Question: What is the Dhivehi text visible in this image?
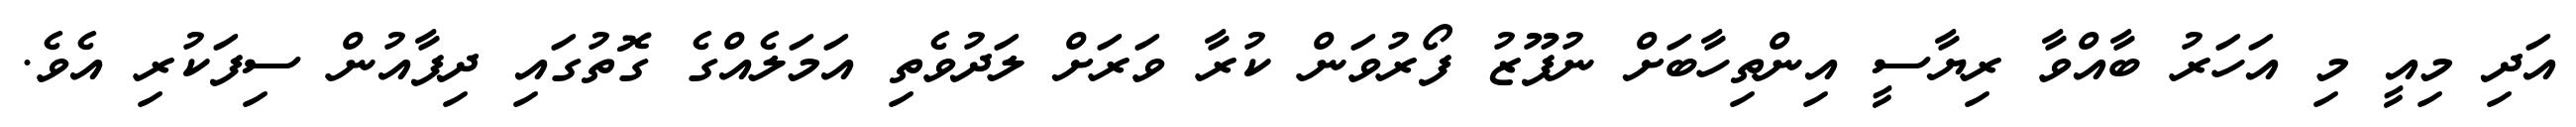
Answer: އަދި މިއީ މި އަހަރު ބާއްވާ ރިޔާސީ އިންތިހާބަށް ނުފޫޒު ފޯރުވަން ކުރާ ވަރަށް ލަދުވެތި އަމަލެއްގެ ގޮތުގައި ދިފާއުން ސިފަކުރި އެވެ.